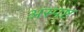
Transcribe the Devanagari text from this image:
अस्पष्ट